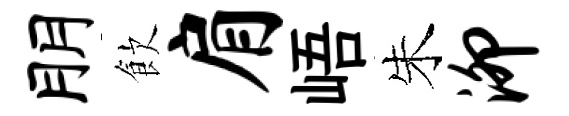
朋飲肩峿朱泖